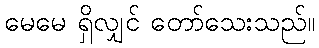
မေမေ ရှိလျှင် တော်သေးသည်။